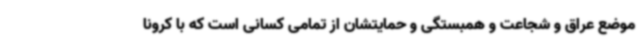
موضع عراق و شجاعت و همبستگی و حمایتشان از تمامی کسانی است که با کرونا